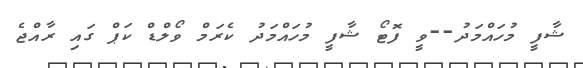
ޝާފީ މުހައްމަދު--ވީ ފޮޓޯ ޝާފީ މުހައްމަދު ކެރަމް ވޯލްޑް ކަޕް ގައި ރާއްޖެ